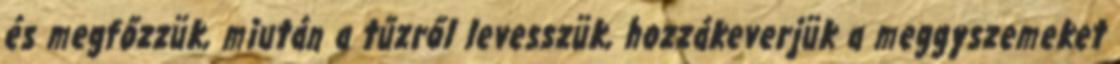
és megfőzzük, miután a tűzről levesszük, hozzákeverjük a meggyszemeket